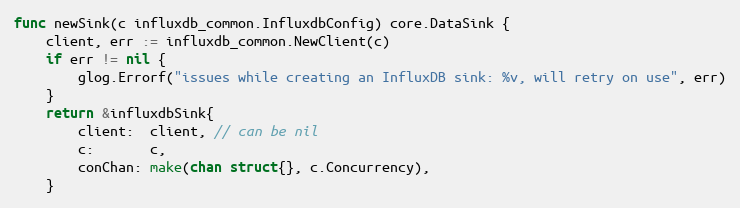
Language: Go
func newSink(c influxdb_common.InfluxdbConfig) core.DataSink {
	client, err := influxdb_common.NewClient(c)
	if err != nil {
		glog.Errorf("issues while creating an InfluxDB sink: %v, will retry on use", err)
	}
	return &influxdbSink{
		client:  client, // can be nil
		c:       c,
		conChan: make(chan struct{}, c.Concurrency),
	}